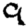
Digit: 9